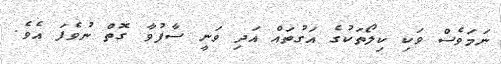
ނަމަވެސް ވަކި ކިލޯތަކުގެ އަގުތައް އަދި ވަނީ ސާފުވާ ގޮތް ނުވެފަ އެވެ.